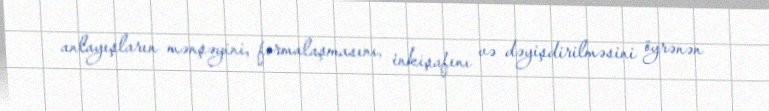
anlayışların mənşəyini, formalaşmasını, inkişafını və dəyişdirilməsini öyrənən